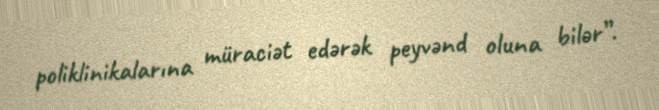
poliklinikalarına müraciət edərək peyvənd oluna bilər”.